Indian journal of veterinary science and animal husbandry - Volumes 15-17, 1948-1951
Year: 1948
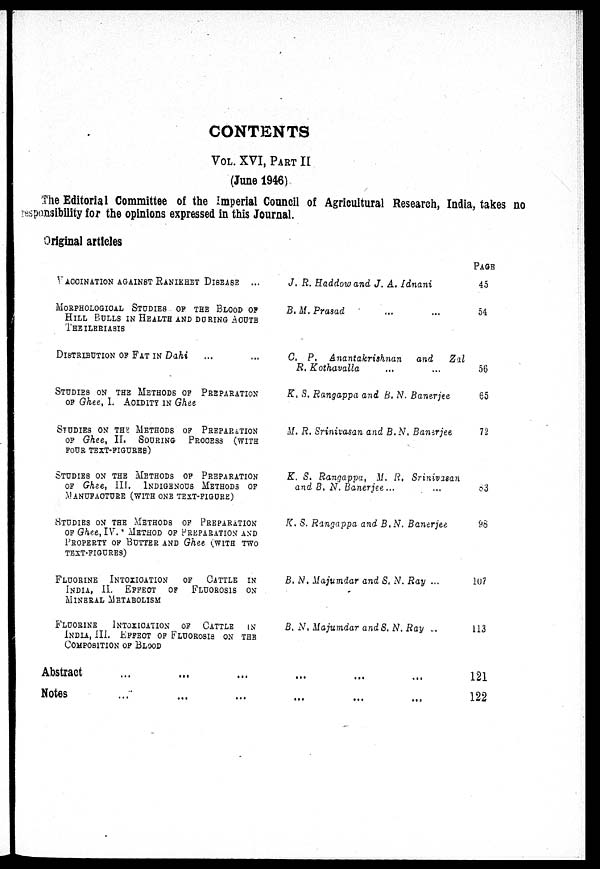
CONTENTS
VOL. XVI, PART II
(June 1946)
The Editorial Committee of the Imperial Council of Agricultural Research, India, takes no
responsibility for the opinions expressed in this Journal.
Original articles
VACCINATION AGAINST RANIKHET DISEASE ...
MORPHOLOGICAL STUDIES OF THE BLOOD OF
HILL BULLS IN HEALTH AND DURING ACUTE
THEILERIASIS
DISTRIBUTION OF FAT IN Dahi ...
STUDIES ON THE METHODS OF PREPARATION
OF Ghee, I. ACIDITY IN Ghee
STUDIES ON THE METHODS OF PREPARATION
OF Ghee, II. SOURING PROCESS (WITH
FOUR TEXT-FIGURES)
STUDIES ON THE METHODS OF PREPARATION
OF Ghee, III. INDIGENOUS METHODS OF
MANUFACTURE (WITH ONE TEST-FIGURE)
STUDIES ON THE METHODS OF PREPARATION
OF Ghee, IV.' METHOD OF PREPARATION AND
PROPERTY OF BUTTER AND Ghee (WITH TWO
TEXT-FIGURES)
FLUORINE
INTOXICATION
OF
CATTLE IN
INDIA, II.
EFFECT
OF
FLUOROSIS ON
MINERAL METABOLISM
FLUORINE INTOXICATION OF CATTLE IN
INDIA, III. EFFECT OF FLUOROSIS ON THE
COMPOSITION OF BLOOD
J. R. Haddow and J. A. Idnani
B. M. Prasad ...
C. P. Anantakrishnan
and Zal
R. Kothavalla ... ...
K. S. Rangappa and B. N. Banerjee
M. R. Srinivasan and B. N. Banerjee
K. S. Rangappa, M. R. Srinivasan
and B. N. Banerjee ...
K. S. Rangappa and B. N. Banerjee
B. N. Majumdar and S. N. Ray ...
B. N. Majumdar and S. N. Ray ..
Abstract
...
...
... ... ... ... ...
Notes
... ... ... ... ... ... ...
PAGE
45
54
56
65
72
83
98
107
113
121
122